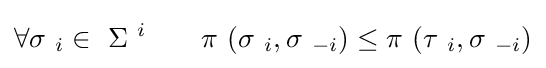
\forall \sigma \ _{i}\in \ \Sigma \ ^{i}\quad \quad \pi \ (\sigma \ _{i},\sigma \ _{-i})\leq \pi \ (\tau \ _{i},\sigma \ _{-i})